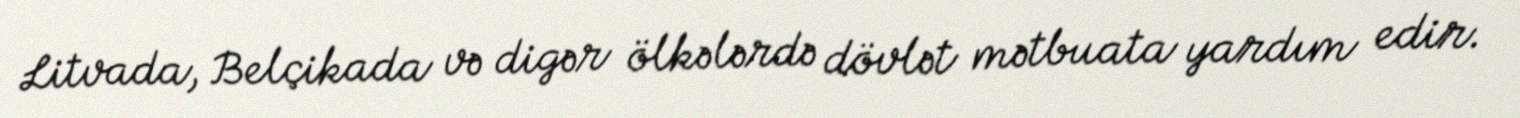
Litvada, Belçikada və digər ölkələrdə dövlət mətbuata yardım edir.